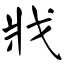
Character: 戕